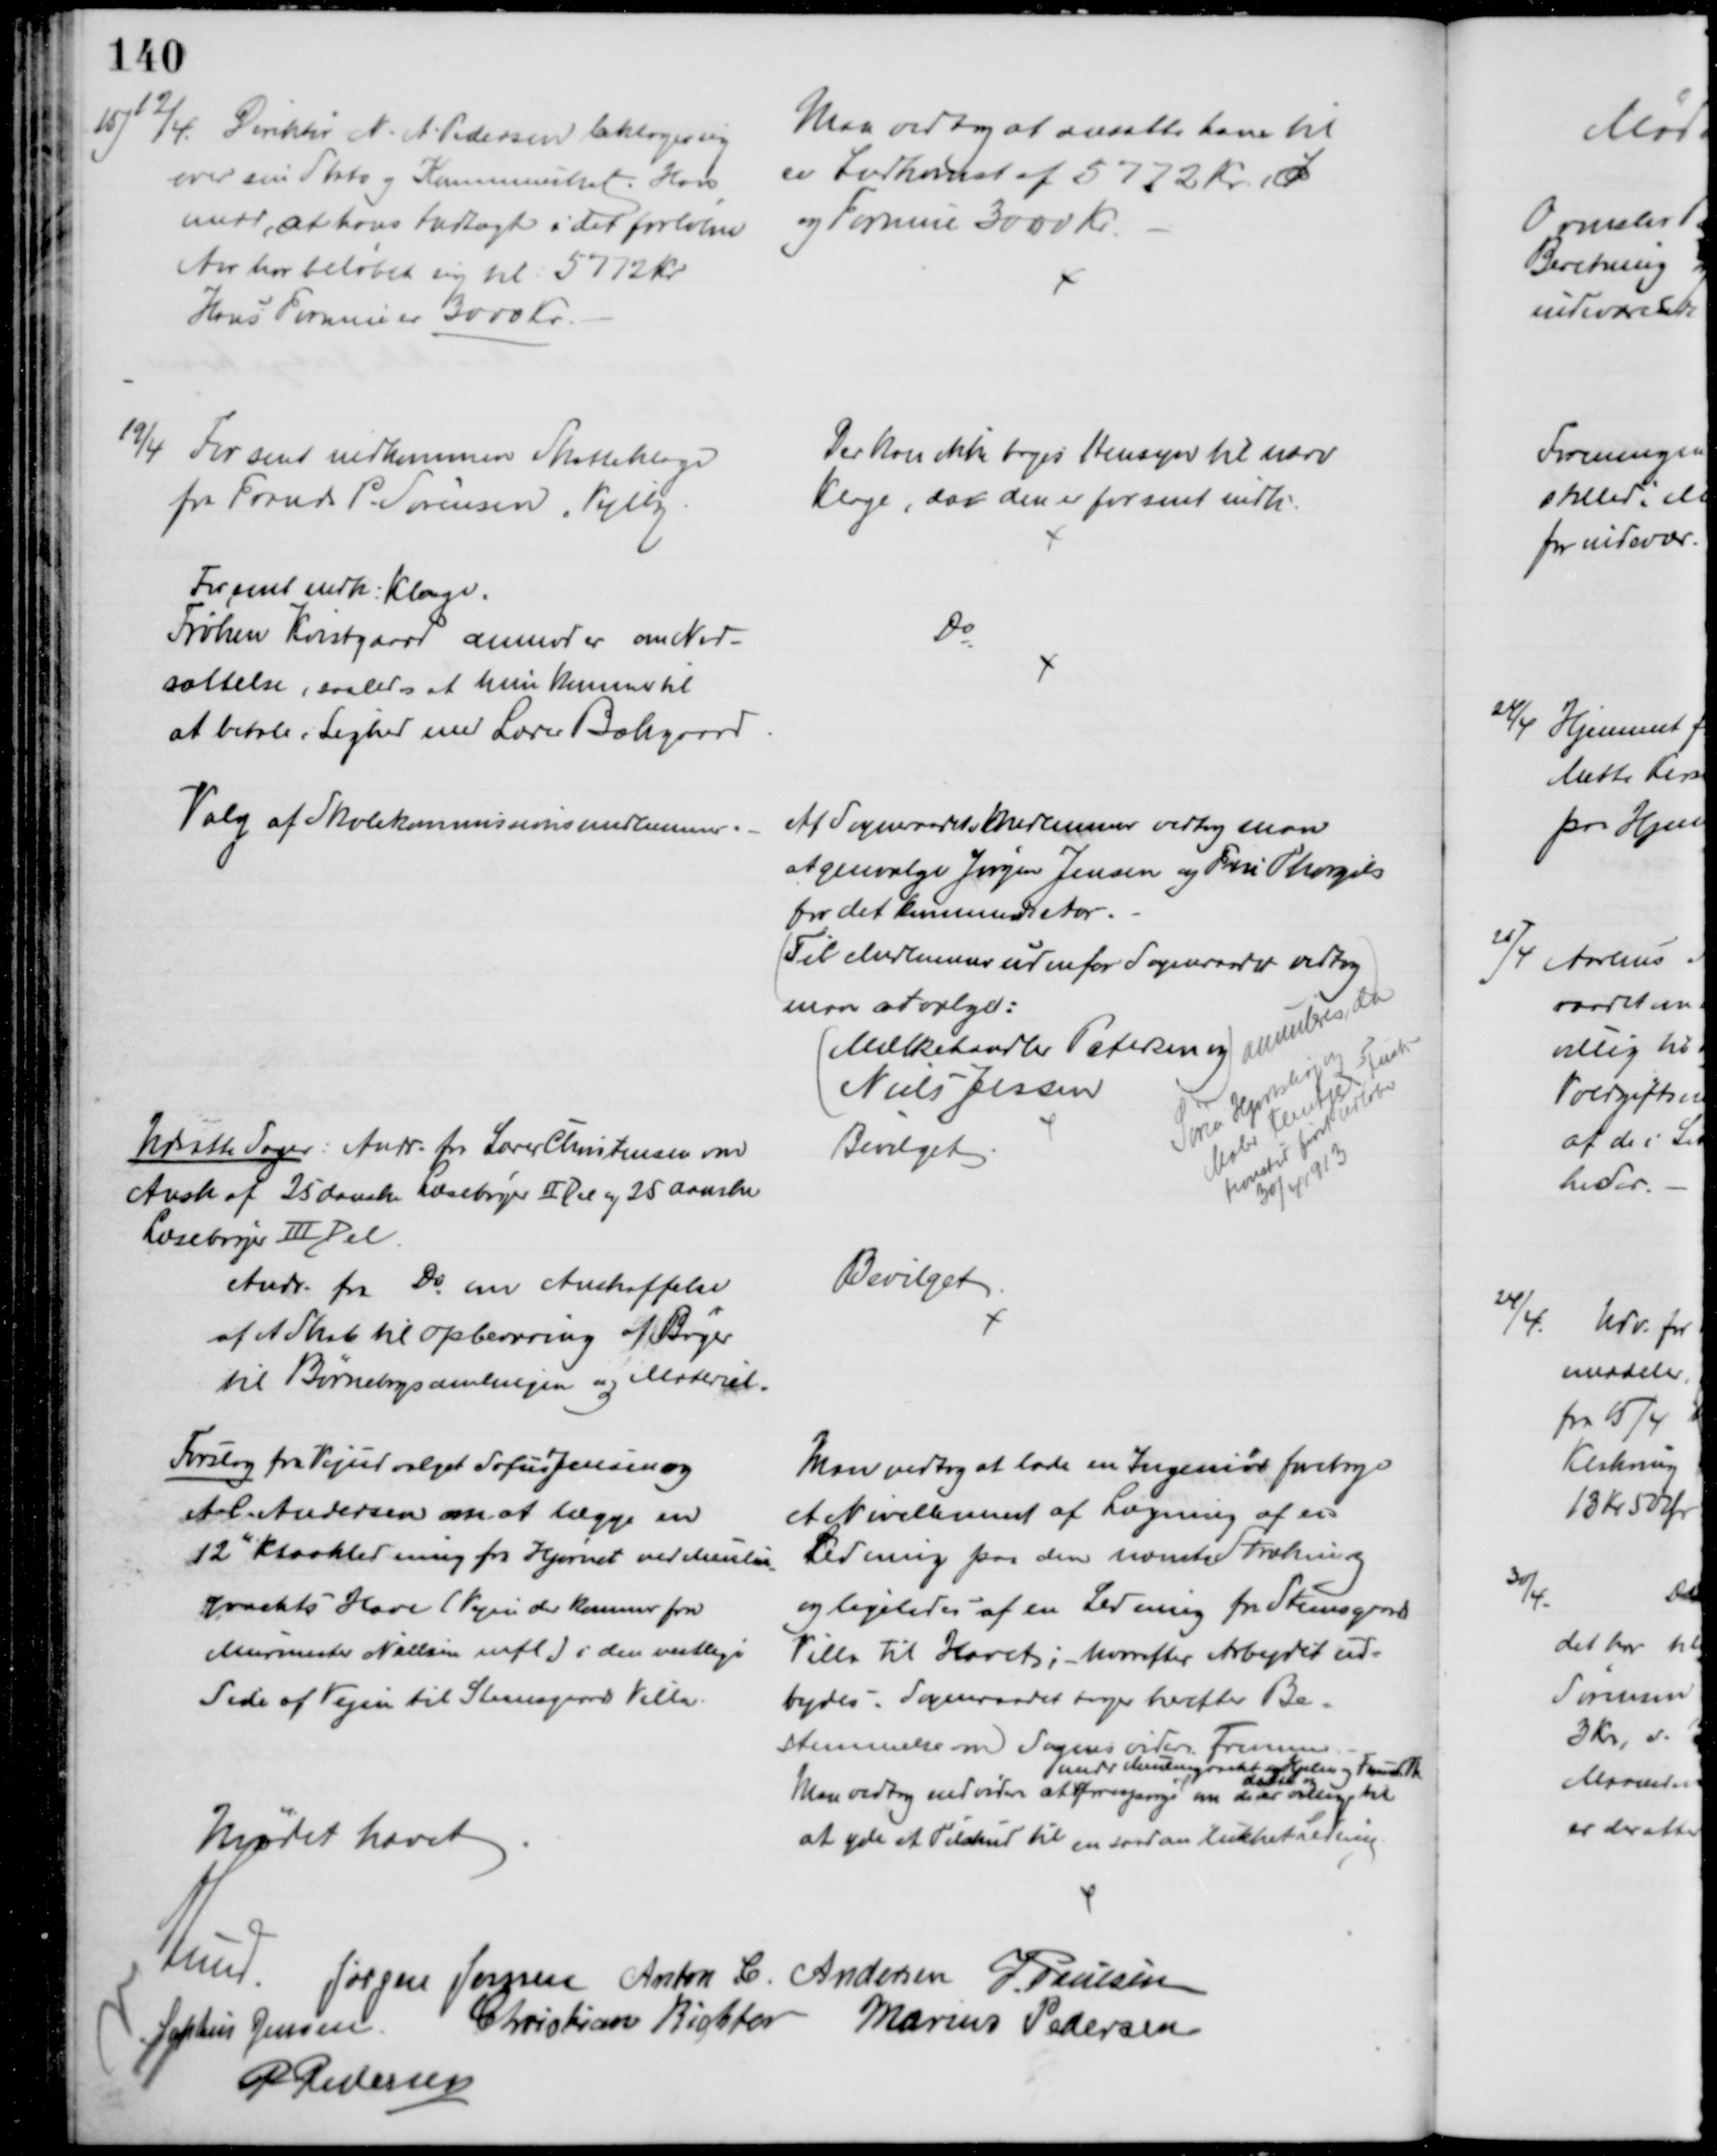
Transskription:
15) 12/4. Direktør N. A. Pedersen beklager sig
over sin Stats og Kommuneskat. Han
medd, at hans Indtægt i det forløbne
Aar har beløbet sig til 5772 kr.
Hans Formue er 3000 Kr.
Man vedtog at ansætte ham til 
er Indkomst af 5772 Kr. I
og Formue 3000 Kr.
19/4
For sent indkommen Skatteklage
fra Frands P. Sørensen, Vejlby
Der kan ikke tages Hensyn til nærv
Klage, da den er for sent indk.
For sent indk. Klage.
Frøken Kvistgaard anmoder om Ned-
sættelse, saaledes at hun kommer til 
at betale i Lighed med Lærer Bækgaard
Do
Valg af Skolekommissionsmedlemmer.
Af Sogneraadets Medlemmer vedtog man
at genvælge Jørgen Jensen og Fru Thorgils
for det kommende Aar.
(Til Medlemmer udenfor Sogneraadet vedtog
man at vælge:)
(Mælkehandler Petersen og 
Niels Jessen)
annuleres, da
Søren Hjortshøj og
Maler Flentjes Funk-
tionstid først udløber 
30/4 1913
Udsatte Sager:  Andr. fra Lærer Christensen om
Ansk. af 25 danske Læsebøger II Del og 25 danske
Læsebøger III Del.
Bevilget
Andr. fra Do om Anskaffelse
af et Skab til opbevaring af Bøger
til Børnebogsamlingen og Materiel.
Bevilget
Forslag fra Vejudvalget Sofus Jensen og
A C. Andersen om at lægge en
12" Kloakledning fra Hjørnet ved Meulen
-
grachts Have (Vejen der kommer fra
Murmester Nielsen mfl.) i den vestlige
Side af Vejen til Steensgaards Villa.
Man vedtog at lade en Ingeniør foretage
et Nivellement af Lægning af en
Ledning paa den nævnte Strækning
og ligeledes af en Ledning fra Steensgaards
Villa til Havet; hvorefter Arbejdet ud-
bydes. - Sogneraadet tager herefter Be-
stemmelse om Sagens videre Fremme
Man vedtog endvidere at 
medd Meulengacht og Kjelsen og Funch Th
af
 og
forespørge om de er villige til
at yde et Tilskud til en saadan lukket Ledning.
Mødet hævet
A Lund. J
Jørgen Jensen Anton. C. Andersen J. Poulsen
Sophus Jensen
Christian Richter Marius Pedersen
P Pedersen